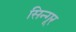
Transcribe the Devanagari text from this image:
सिन्गूर